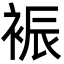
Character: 裖